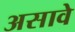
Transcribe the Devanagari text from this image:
असावेे